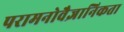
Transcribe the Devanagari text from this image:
परामनोवैज्ञानिकता